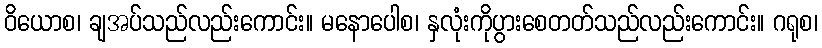
ဝိယောစ၊ ချအပ်သည်လည်းကောင်း။ မနောပေါစ၊ နှလုံးကိုပွားစေတတ်သည်လည်းကောင်း။ ဂရုစ၊